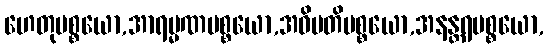
ဟေတုပစ္စယော,အာရမ္မဏပစ္စယော,အဓိပတိပစ္စယော,အနန္တရပစ္စယော,